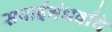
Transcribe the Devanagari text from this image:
सवाईगंधर्वांचे